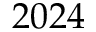
2 0 2 4